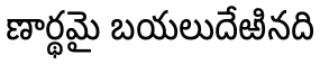
ణార్థమై బయలుదేఱినది